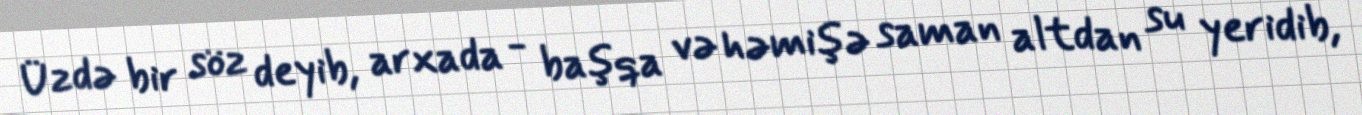
Üzdə bir söz deyib, arxada - başqa və həmişə saman altdan su yeridib,